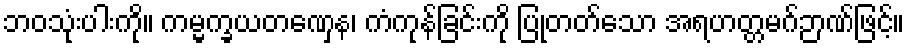
ဘဝသုံးပါးကို။ ကမ္မက္ခယတဏှေန၊ ကံကုန်ခြင်းကို ပြုတတ်သော အရဟတ္တမဂ်ဉာဏ်ဖြင့်။